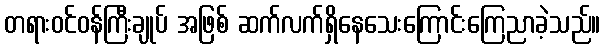
တရားဝင်ဝန်ကြီးချုပ် အဖြစ် ဆက်လက်ရှိနေသေးကြောင်းကြေညာခဲ့သည်။